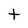
Character: t